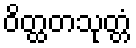
ဝိတ္ထတသုတ္တံ